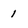
Character: 1